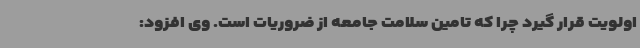
اولویت قرار گیرد چرا که تامین سلامت جامعه از ضروریات است. وی افزود: